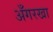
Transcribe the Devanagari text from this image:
अँगरखा